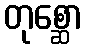
တုစ္ဆော